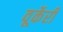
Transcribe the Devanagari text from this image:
वूर्केरी